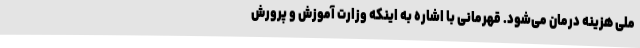
ملی هزینه درمان می‌شود. قهرمانی با اشاره به اینکه وزارت آموزش و پرورش